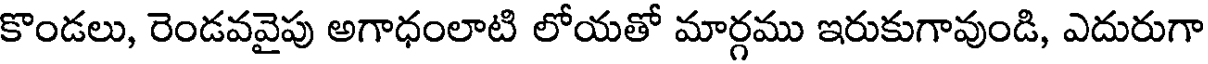
కొండలు, రెండవవైపు అగాధంలాటి లోయతో మార్గము ఇరుకుగావుండి, ఎదురుగా